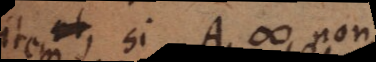
erit et, si A # non